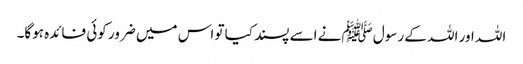
اللہ اور اللہ کے رسول ﷺنے اسے پسند کیا تو اس میں ضرور کوئی فائدہ ہوگا۔